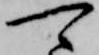
可